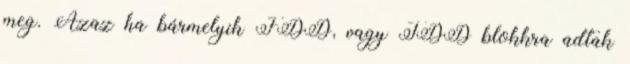
meg. Azaz ha bármelyik FDD, vagy TDD blokkra adtak